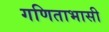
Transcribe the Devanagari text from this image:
गणिताभासी